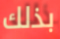
بذلك